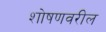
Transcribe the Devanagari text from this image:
शोषणवरील